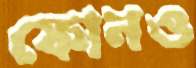
ফোনও